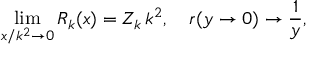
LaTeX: \operatorname * { l i m } _ { x / k ^ { 2 } \to 0 } R _ { k } ( x ) = Z _ { k } \, k ^ { 2 } , \quad r ( y \to 0 ) \to \frac { 1 } { y } ,